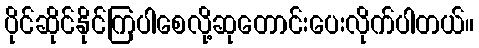
ပိုင်ဆိုင်နိုင်ကြပါစေလို့ဆုတောင်းပေးလိုက်ပါတယ်။